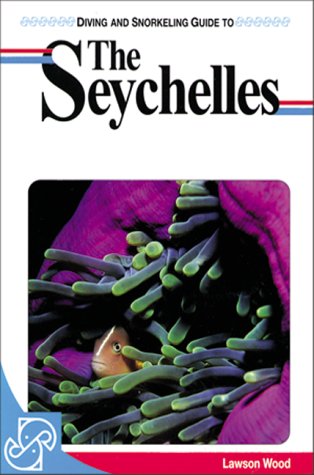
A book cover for Diving and Snorkeling Guide to the Seychelles; Lawson Wood; Travel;